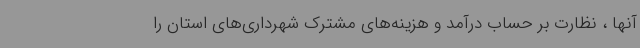
آنها ، نظارت بر حساب درآمد و هزینه‌های مشترک شهرداری‌های استان را